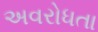
અવરોધતા